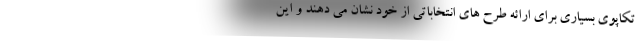
تکاپوی بسیاری برای ارائه طرح های انتخاباتی از خود نشان می دهند و این